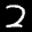
Label: 2